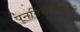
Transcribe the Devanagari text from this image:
पुनर्निरीक्षणातही